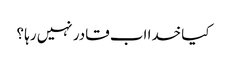
کیا خدا اب قادر نہیں رہا ؟